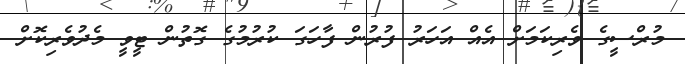
މުރްސީގެ ވެރިކަމަށް އެއް އަހަރު ފުރުން ފާހަގަ ކުރުމުގެ ގޮތުން ޓީވީ މެދުވެރިކޮށް